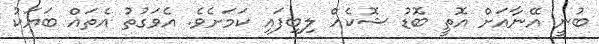
ބުނީ އޭނާއަށް އޮތީ ބޮޑު ޝޮކެއް ލިބިފައި ކަމަށެވެ. އެވަގުތު އެތައް ބަޔަކު